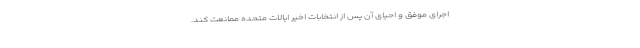
اجرای موفق و احیای آن پس از انتخابات اخیر ایالات متحده ممانعت کند.